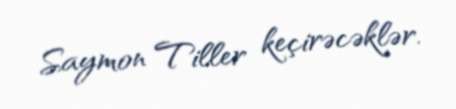
Saymon Tiller keçirəcəklər.